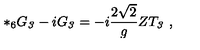
* _ { 6 } G _ { \it 3 } - i G _ { \it 3 } = - i \frac { 2 \sqrt { 2 } } { g } Z T _ { \it 3 } \ ,